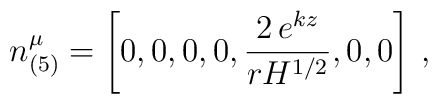
n^{\mu}_{(5)}=\left[ 0,0,0,0,\frac{2\,e^{kz}}{rH^{1/2}},0,0 \right]\,,